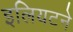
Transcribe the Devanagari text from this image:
इलियटने